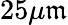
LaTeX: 25\mu\mathfrak{m}